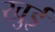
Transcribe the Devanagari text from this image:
खुई